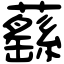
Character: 蘨